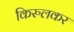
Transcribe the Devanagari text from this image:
किरुलकर